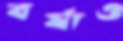
বর্ষাও